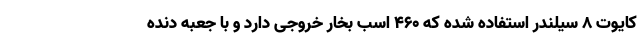
کایوت 8 سیلندر استفاده شده که 460 اسب بخار خروجی دارد و با جعبه دنده